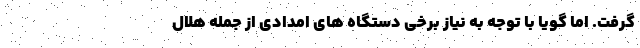
گرفت. اما گویا با توجه به نیاز برخی دستگاه های امدادی از جمله هلال